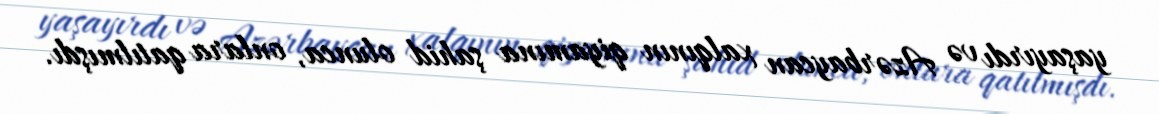
yaşayırdı və Azərbaycan xalqının qiyamına şahid olunca, onlara qatılmışdı.